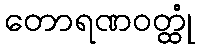
တောရဏဝတ္ထုံ